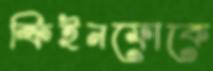
ক্রিইনফোকে